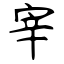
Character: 宰